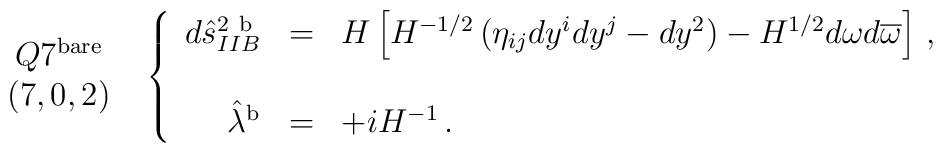
\begin{array}{c}Q7^{\rm bare}\\(7,0,2)\\\end{array}\,\,\,\left\{\begin{array}{rcl}d\hat{s}^{2\ {\rm b}}_{IIB} & = & H \left[H^{-1/2}\left( \eta_{ij}dy^{i}dy^{j} -dy^{2}\right)-H^{1/2}d\omega d\overline{\omega}\right]\, ,\\& & \\\hat{\lambda}^{\rm b} & = & +iH^{-1}\, .\\\end{array}\right.